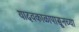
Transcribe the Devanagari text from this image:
यादवकाळापासूनच्या